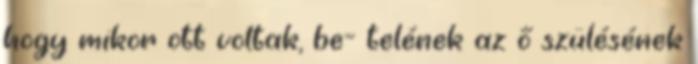
hogy mikor ott voltak, be− telének az ő szülésének